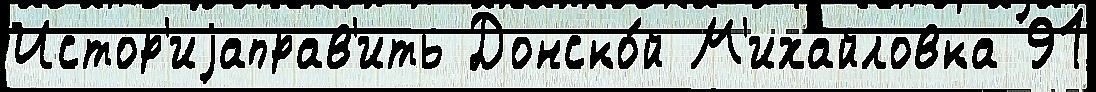
Истор'иjаправ'ить Донско́й М'ихайловка 91